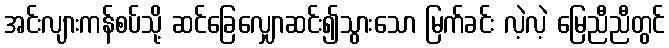
အင်းလျားကန်စပ်သို့ ဆင်ခြေလျှောဆင်း၍သွားသော မြက်ခင်း လဲ့လဲ့ မြေညီညီတွင်